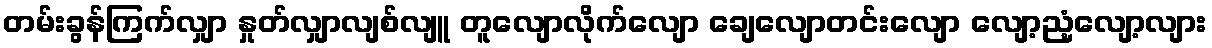
တမ်းခွန်ကြက်လျှာ နှုတ်လျှာလျစ်လျူ တူလျောလိုက်လျော ချေလျောတင်းလျော လျော့ညံ့လျော့လျား